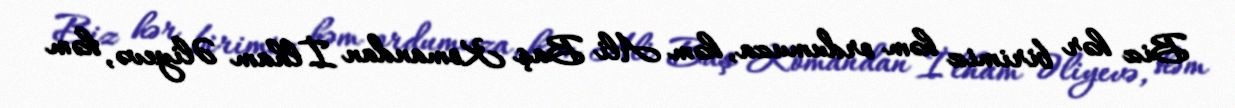
Biz hər birimiz həm ordumuza, həm Ali Baş Komandan İlham Əliyevə, həm